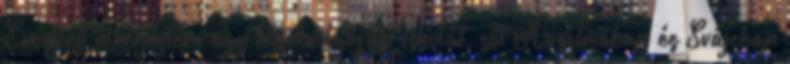
Emellett elvégeztem egy tejfeldolgozási iskolát, sőt Ausztriában és Svájcban